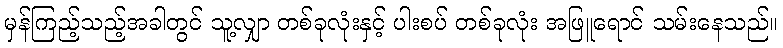
မှန်ကြည့်သည့်အခါတွင် သူ့လျှာ တစ်ခုလုံးနှင့် ပါးစပ် တစ်ခုလုံး အဖြူရောင် သမ်းနေသည်။